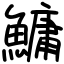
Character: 鱅